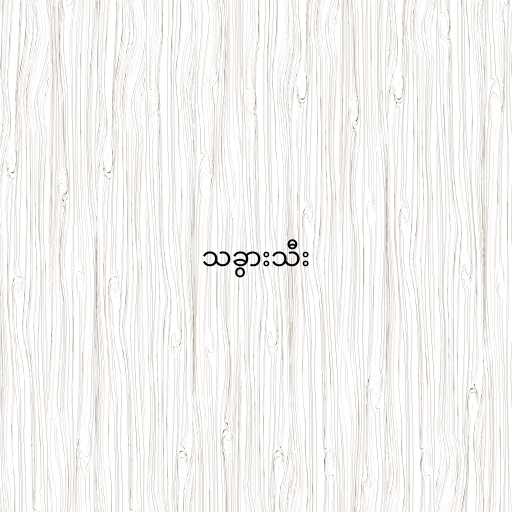
သခွားသီး